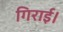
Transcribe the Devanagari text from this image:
गिराई।